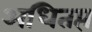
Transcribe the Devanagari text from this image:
अधितप्त